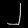
Digit: ၂